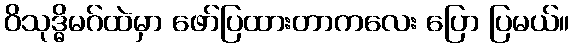
ဝိသုဒ္ဓိမဂ်ထဲမှာ ဖော်ပြထားတာကလေး ပြော ပြမယ်။